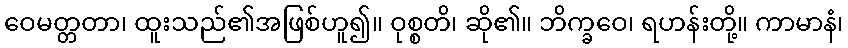
ဝေမတ္တတာ၊ ထူးသည်၏အဖြစ်ဟူ၍။ ဝုစ္စတိ၊ ဆို၏။ ဘိက္ခဝေ၊ ရဟန်းတို့။ ကာမာနံ၊